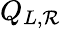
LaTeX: Q_{L,\mathcal{R}}